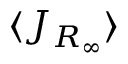
\langle J _ { R _ { \infty } } \rangle